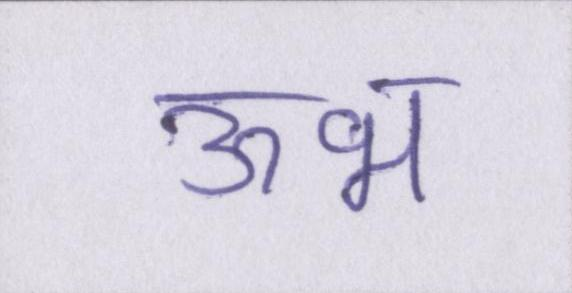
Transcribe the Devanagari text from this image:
ऊभ